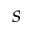
s